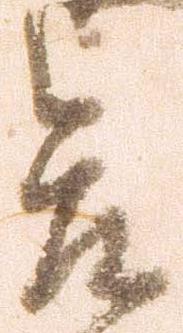
合